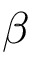
\beta